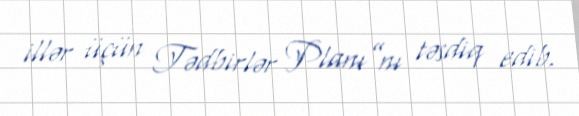
illər üçün Tədbirlər Planı”nı təsdiq edib.